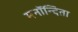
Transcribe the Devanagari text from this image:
मनॉन्दिता